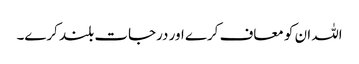
اللہ ان کو معاف کرے اور درجات بلند کرے۔